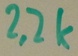
Text: 2,2K